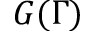
G ( \Gamma )